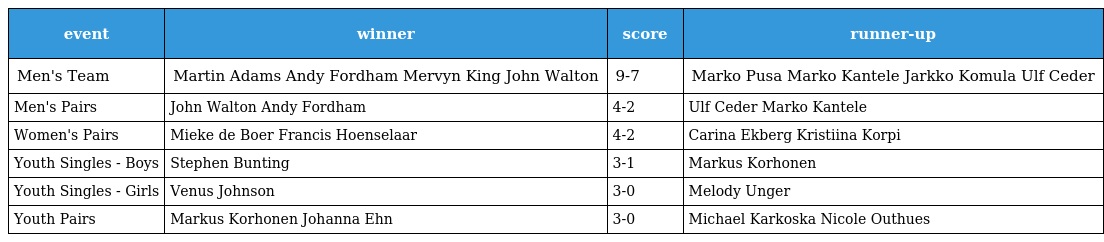
| event | winner | score | runner-up |
 | --- | --- | --- | --- |
 | Men's Team | Martin Adams Andy Fordham Mervyn King John Walton | 9-7 | Marko Pusa Marko Kantele Jarkko Komula Ulf Ceder |
 | Men's Pairs | John Walton Andy Fordham | 4-2 | Ulf Ceder Marko Kantele |
 | Women's Pairs | Mieke de Boer Francis Hoenselaar | 4-2 | Carina Ekberg Kristiina Korpi |
 | Youth Singles - Boys | Stephen Bunting | 3-1 | Markus Korhonen |
 | Youth Singles - Girls | Venus Johnson | 3-0 | Melody Unger |
 | Youth Pairs | Markus Korhonen Johanna Ehn | 3-0 | Michael Karkoska Nicole Outhues |